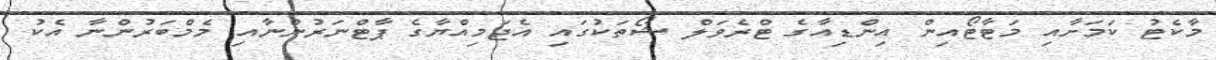
މާކެޓު ކަމަށާއި މަޓާޓޯއިން އިންޑިއާގެ ޓްރެވަލް ޝޯތަކުގައި އެޖަމިއްޔާގެ ޕާޓްނަރުންނާއި މެމްބަރުންނާ އެކު